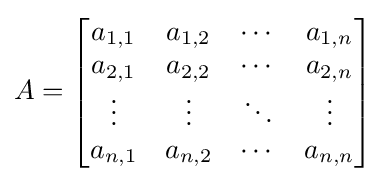
A={\begin{bmatrix}a_{1,1}&a_{1,2}&\cdots &a_{1,n}\\a_{2,1}&a_{2,2}&\cdots &a_{2,n}\\\vdots &\vdots &\ddots &\vdots \\a_{n,1}&a_{n,2}&\cdots &a_{n,n}\end{bmatrix}}